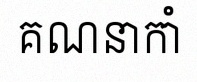
គណនាកាំ